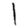
Digit: 1